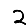
Digit: 2